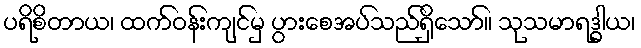
ပရိစိတာယ၊ ထက်ဝန်းကျင်မှ ပွားစေအပ်သည်ရှိသော်။ သုသမာရဒ္ဓါယ၊